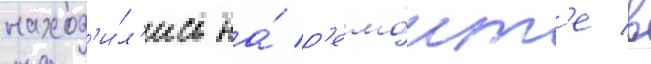
наход'и́л'ись на́ р'емо́нт'е в